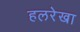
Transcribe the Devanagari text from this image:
हलरेखा